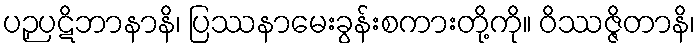
ပဉှပဋိဘာနာနိ၊ ပြဿနာမေးခွန်းစကားတို့ကို။ ဝိဿဇ္ဇိတာနိ၊